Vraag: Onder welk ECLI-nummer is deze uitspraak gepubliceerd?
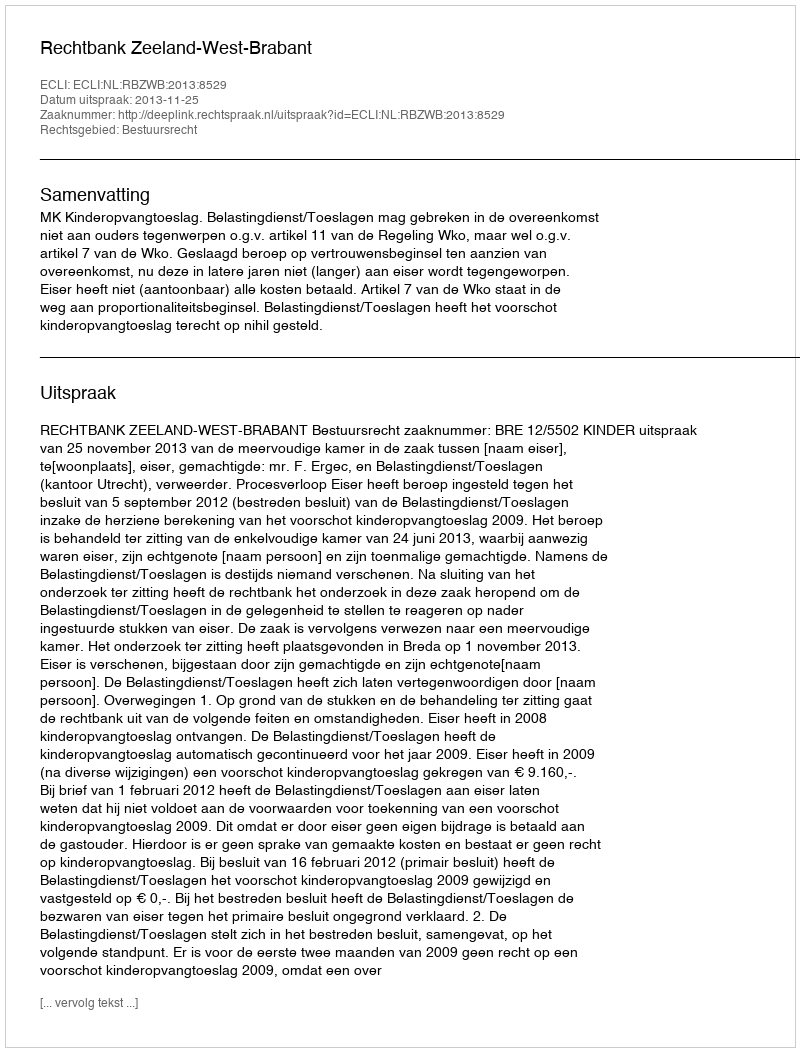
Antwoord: ECLI:NL:RBZWB:2013:8529